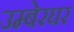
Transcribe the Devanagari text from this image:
उम्बेरघर